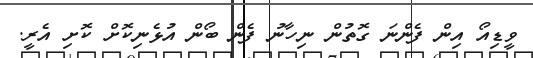
ވީޑިއޯ އިން ފެންނަ ގޮތުން ނިހާނު ފެން ބޯން އުޅެނިކޮށް ކޮށި އެރީ.